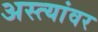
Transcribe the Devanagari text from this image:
अस्त्यांवर